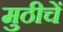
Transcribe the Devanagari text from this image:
मुठीचें